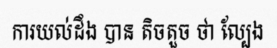
ការយល់ដឹង បាន តិចតួច ថា ល្បែង